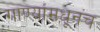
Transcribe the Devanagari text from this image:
गाण्यांमधूनच